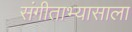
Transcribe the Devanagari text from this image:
संगीताभ्यासाला